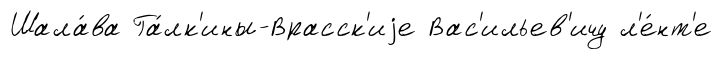
Шала́ва Га́лк'ины-Врасск'иjе Вас'ильев'ичу л'е́нт'е